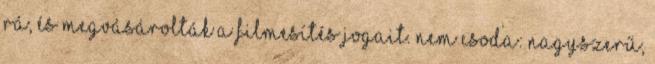
rá, és megvásárolták a filmesítés jogait. Nem csoda: nagyszerű,